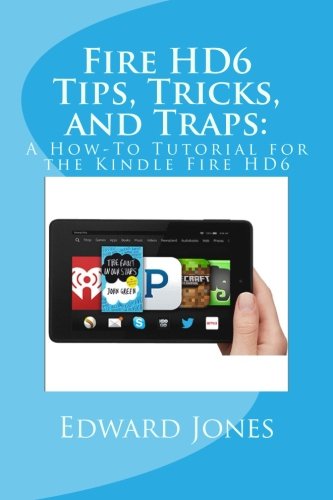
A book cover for Fire HD6 Tips, Tricks, and Traps:: A How-To Tutorial for the Kindle Fire HD6; Edward C Jones; Computers & Technology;